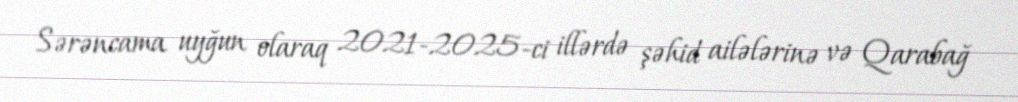
Sərəncama uyğun olaraq 2021-2025-ci illərdə şəhid ailələrinə və Qarabağ